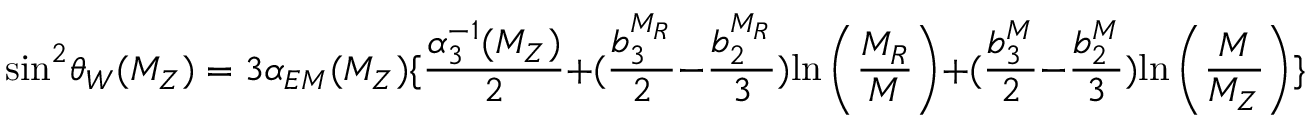
\mathrm { s i n } ^ { 2 } \theta _ { W } ( M _ { Z } ) = 3 \alpha _ { E M } ( M _ { Z } ) \{ \frac { \alpha _ { 3 } ^ { - 1 } ( M _ { Z } ) } { 2 } + ( \frac { b _ { 3 } ^ { M _ { R } } } { 2 } - \frac { b _ { 2 } ^ { M _ { R } } } { 3 } ) \mathrm { l n } \left( { \frac { M _ { R } } { M } } \right) + ( \frac { b _ { 3 } ^ { M } } { 2 } - \frac { b _ { 2 } ^ { M } } { 3 } ) \mathrm { l n } \left( { \frac { M } { M _ { Z } } } \right) \} .